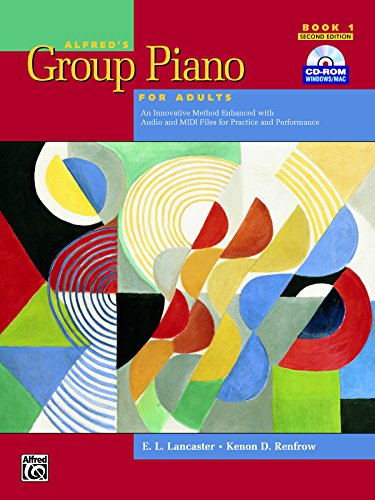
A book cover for Alfred's Group Piano for Adults Student Book 1 (Second Edition): An Innovative Method Enhanced With Audio and Midi Files for Practice and Performance (Alfred's Group Piano for Adults); E. L. Lancaster; Humor & Entertainment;